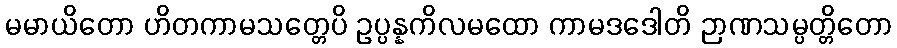
မမာယိတော ဟိတကာမသတ္တေပိ ဥပ္ပန္နကိလမထော ကာမဒဒေါတိ ဉာဏသမ္ပတ္တိတော